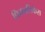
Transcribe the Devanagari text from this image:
पित्तनलिकेस